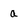
Character: a